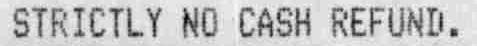
STRICTLY NO CASH REFUND.